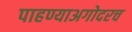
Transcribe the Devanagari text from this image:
पाहण्याअगोदरच